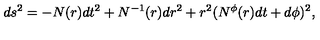
d s ^ { 2 } = - N ( r ) d t ^ { 2 } + N ^ { - 1 } ( r ) d r ^ { 2 } + r ^ { 2 } ( N ^ { \phi } ( r ) d t + d \phi ) ^ { 2 } ,